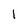
Character: 1